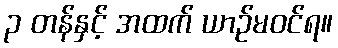
၃ တန်နှင့် အထက် ယာဉ်မဝင်ရ။